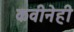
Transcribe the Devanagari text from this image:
कवीनेही